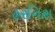
હરનિશ